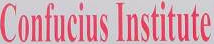
Confucius Institute